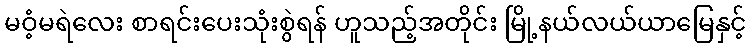
မဝံ့မရဲလေး စာရင်းပေးသုံးစွဲရန် ဟူသည့်အတိုင်း မြို့နယ်လယ်ယာမြေနှင့်